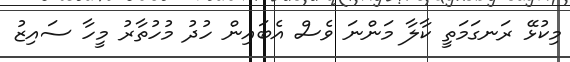
މިކުޅޭ ރަނގަމަތީ ކާލާ މަންނަ ވެސް އެބައިން ހުދު މުހުތާރު މީހާ ސައިޒު